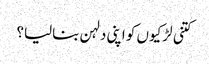
کتنی لڑکیوں کو اپنی دلہن بنالیا؟